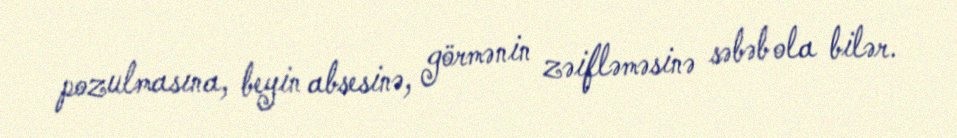
pozulmasına, beyin absesinə, görmənin zəifləməsinə səbəb ola bilər.